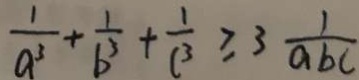
\frac { 1 } { a ^ { 3 } } + \frac { 1 } { b ^ { 3 } } + \frac { 1 } { c ^ { 3 } } \geq 3 \frac { 1 } { a b c }